Jarvakandi_vallavalitsus, lk 26
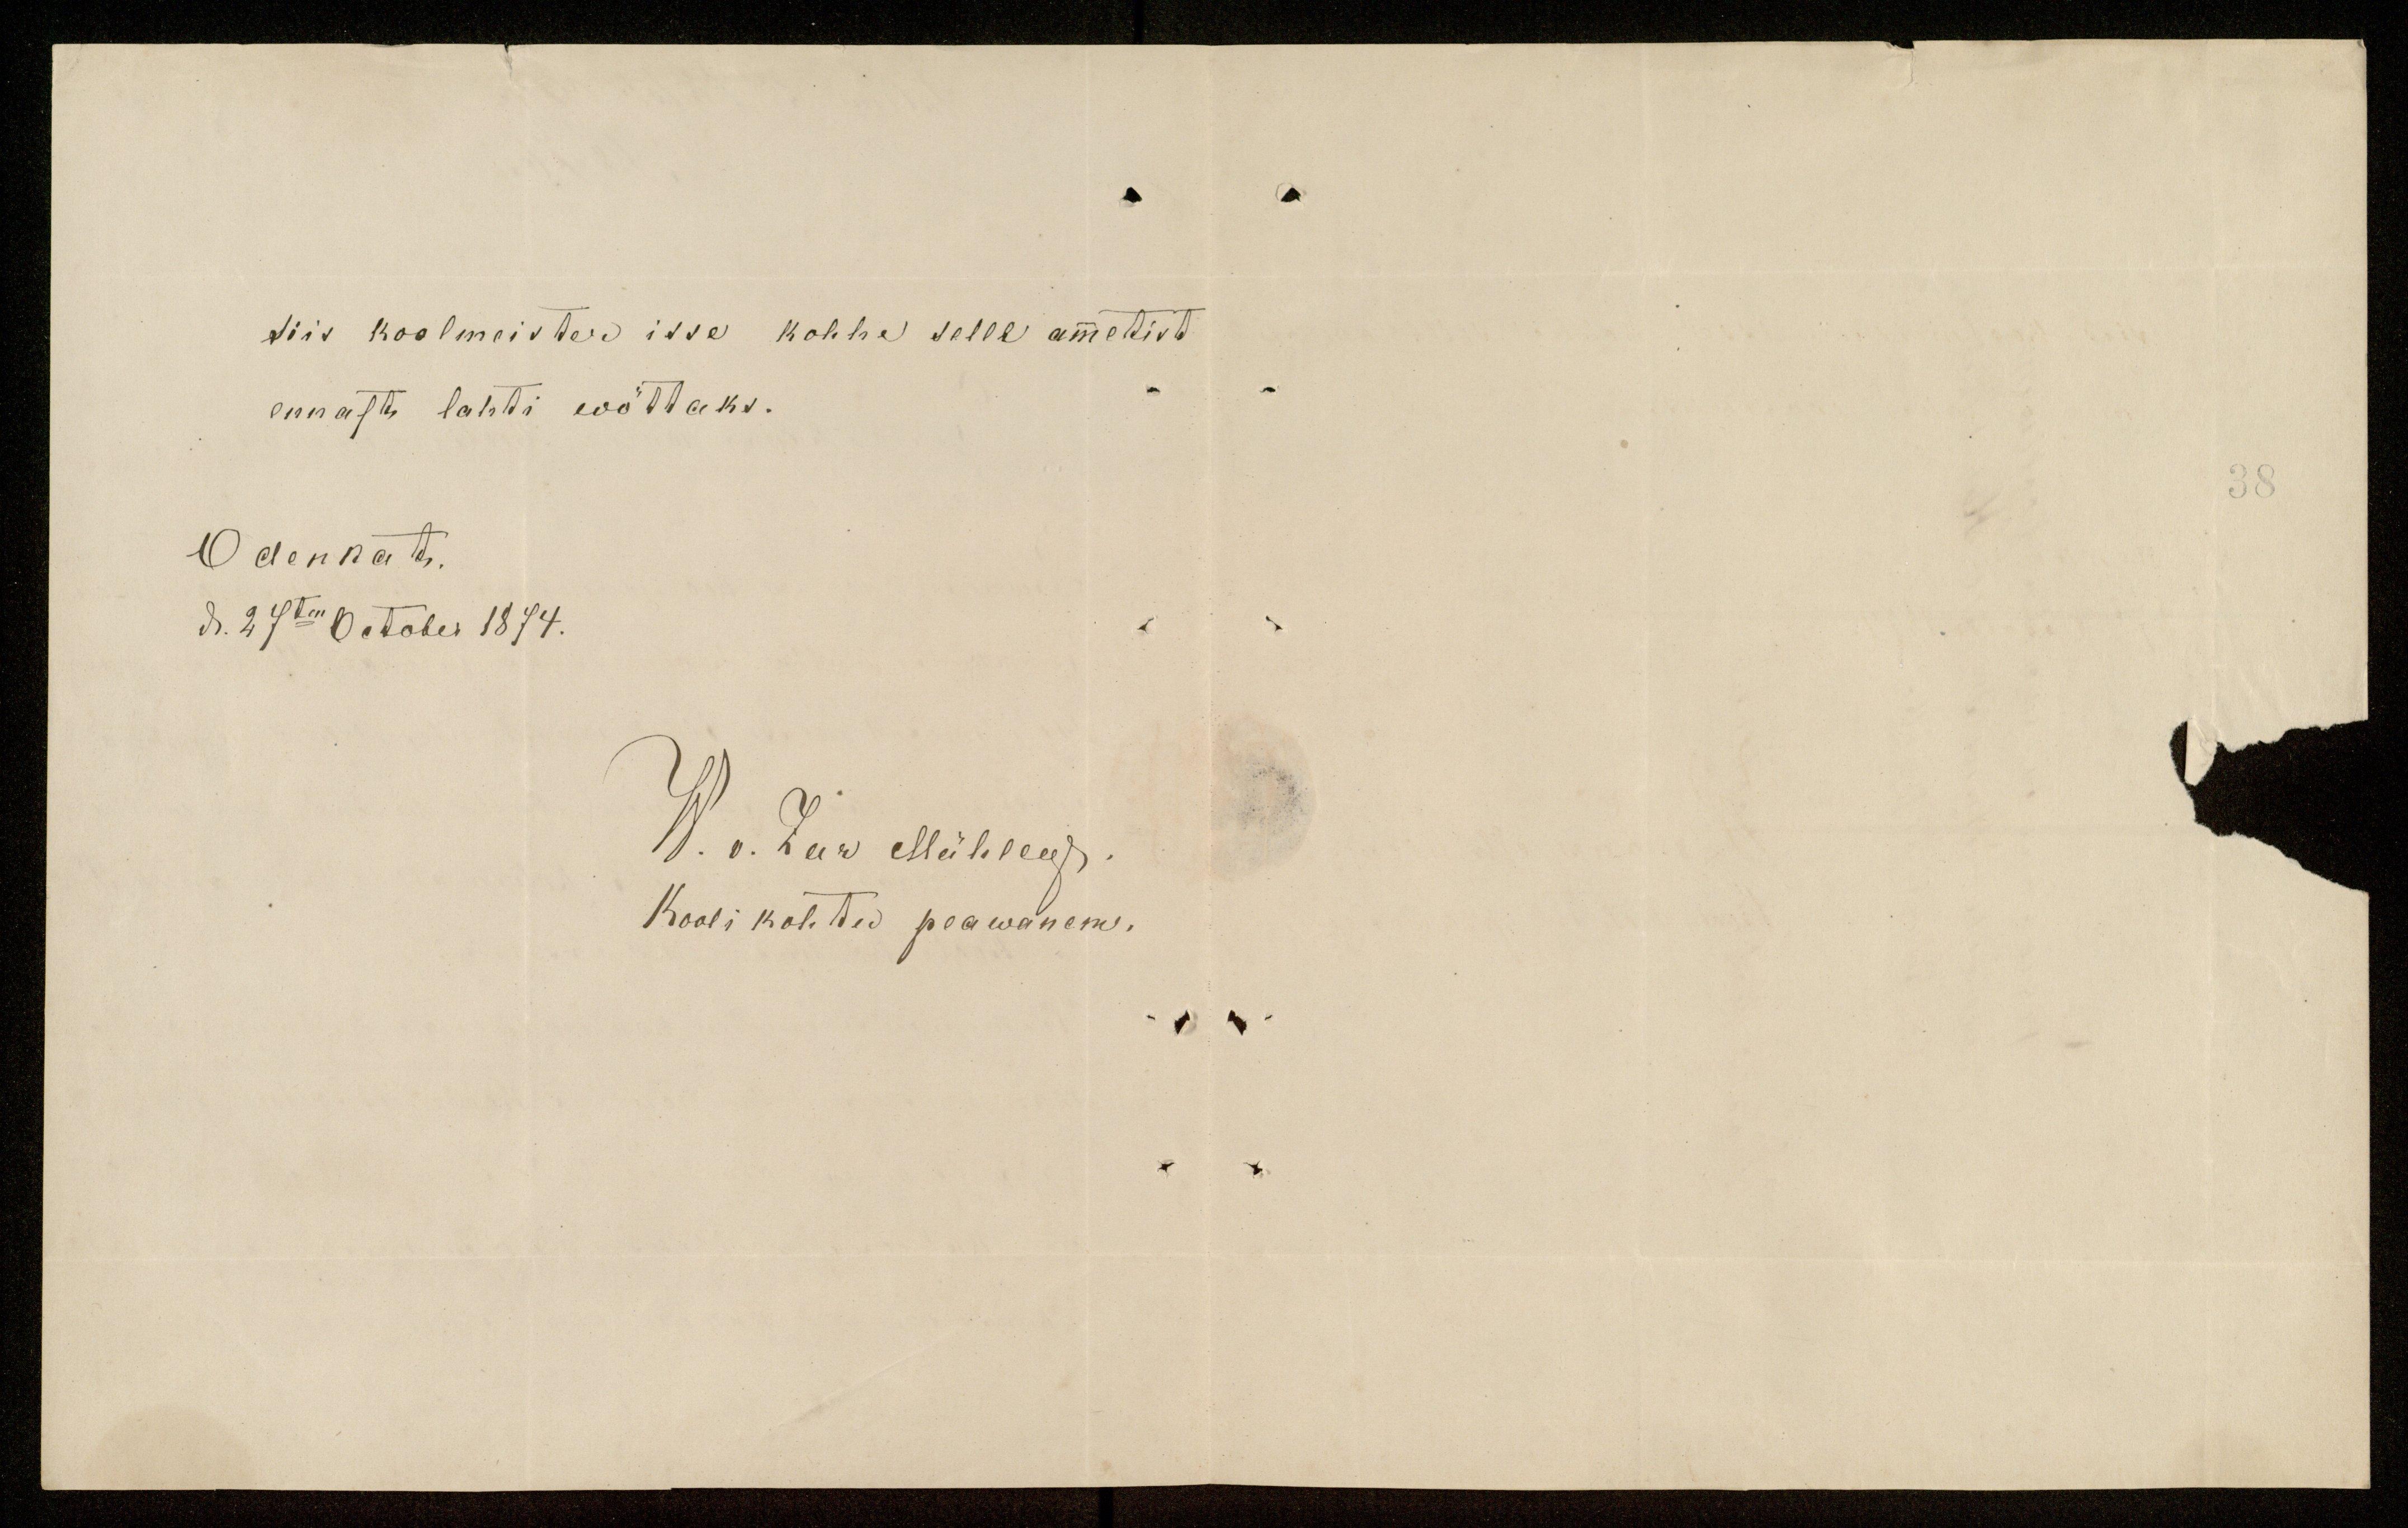
siis koolmeister isse kohha selle ametist
ennaste lahti wõttaks.
Odenkat.
den 27ten on October 1874.
W. v. Laa Mühteeg
Kooli kohtu peawanem.